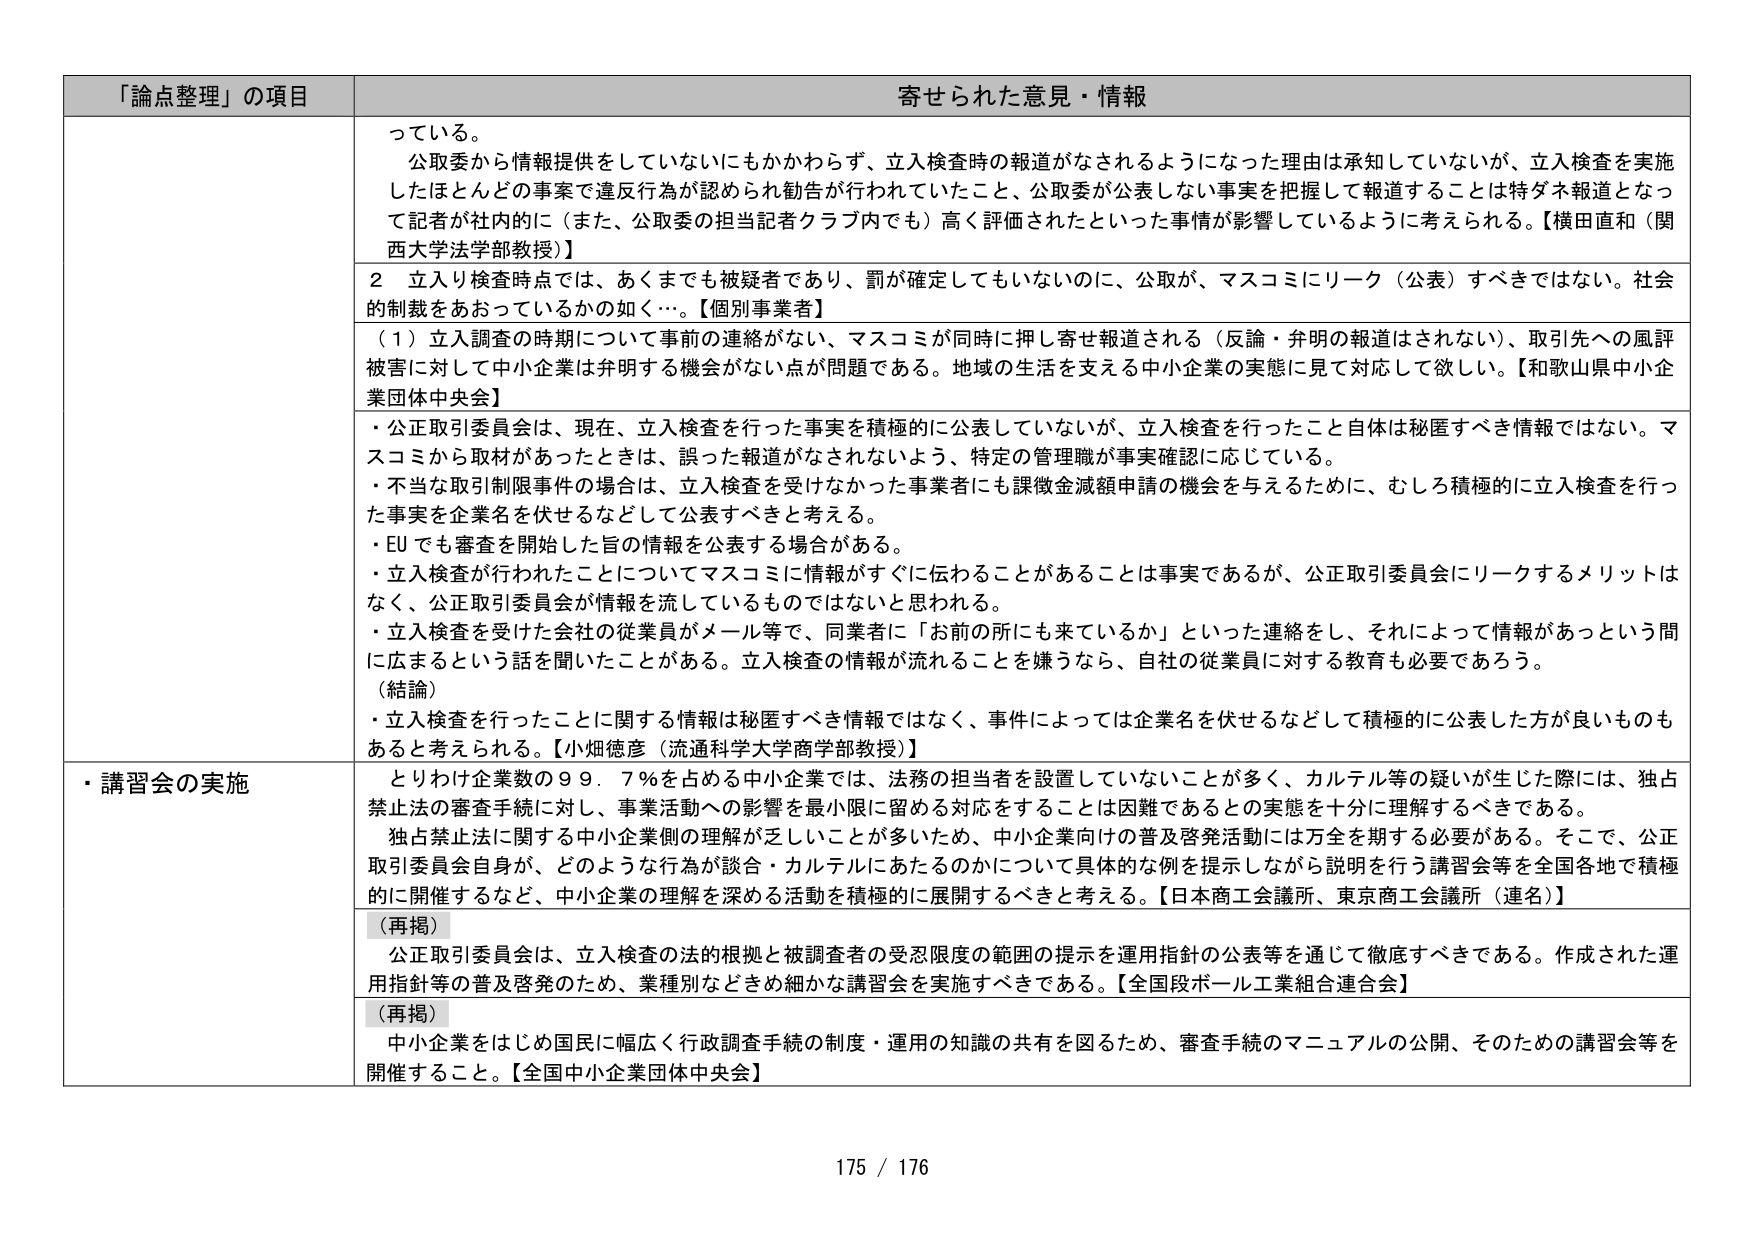
「論点整理」の項目 寄せられた意見・情報
っている。
公取委から情報提供をしていないにもかかわらず、立入検査時の報道がなされるようになった理由は承知していないが、立入検査を実施したほとんどの事案で違反行為が認められ勧告が行われていたこと、公取委が公表しない事実を把握して報道することは特ダネ報道となって記者が社内的に（また、公取委の担当記者クラブ内でも）高く評価されたといった事情が影響しているように考えられる。【横田直和（関西大学法学部教授）】
２ 立入り検査時点では、あくまでも被疑者であり、罰が確定してもいないのに、公取が、マスコミにリーク（公表）すべきではない。社会的制裁をあおっているかの如く…。【個別事業者】
（１）立入調査の時期について事前の連絡がない、マスコミが同時に押し寄せ報道される（反論・弁明の報道はされない）、取引先への風評被害に対して中小企業は弁明する機会がない点が問題である。地域の生活を支える中小企業の実態に見て対応して欲しい。【和歌山県中小企業団体中央会】
・公正取引委員会は、現在、立入検査を行った事実を積極的に公表していないが、立入検査を行ったこと自体は秘匿すべき情報ではない。マスコミから取材があったときは、誤った報道がなされないよう、特定の管理職が事実確認に応じている。
・不当な取引制限事件の場合は、立入検査を受けなかった事業者にも課徴金減額申請の機会を与えるために、むしろ積極的に立入検査を行った事実を企業名を伏せるなどして公表すべきと考える。
・EUでも審査を開始した旨の情報を公表する場合がある。
・立入検査が行われたことについてマスコミに情報がすぐに伝わることがあることは事実であるが、公正取引委員会にリークするメリットはなく、公正取引委員会が情報を流しているものではなさそうに思われる。
・立入検査を受けた会社の従業員がメール等で、同業者に「お前の所にも来ているか」といった連絡をし、それによって情報があったという間に広まるという話を聞いたことがある。立入検査の情報が流れることを嫌うなら、自社の従業員に対する教育も必要であろう。
（結論）
・立入検査を行ったことに関する情報は秘匿すべき情報ではなく、事件によっては企業名を伏せるなどして積極的に公表した方が良いものもあると考えられる。【小畑徳彦（流通科学大学商学部教授）】
・講習会の実施
とりわけ企業数の９９．７％を占める中小企業では、法務の担当者を設置していないことが多く、カルテル等の疑いが生じた際には、独占禁止法の審査手続に対し、事業活動への影響を最小限に留める対応をすることは困難であるとの実態を十分に理解するべきである。
独占禁止法に関する中小企業側の理解が乏しいことが多いため、中小企業向けの普及啓発活動には万全を期する必要がある。そこで、公正取引委員会自身が、どのような行為が談合・カルテルにあたるのかについて具体的な例を提示しながら説明を行う講習会等を全国各地で積極的に開催するなど、中小企業の理解を深める活動を積極的に展開するべきと考える。【日本商工会議所、東京商工会議所（連名）】
（再掲）
公正取引委員会は、立入検査の法的根拠と被調査者の受忍限度の範囲の提示を運用指針の公表等を通じて徹底すべきである。作成された運用指針等の普及啓発のため、業種別などきめ細かな講習会を実施すべきである。【全国段ボール工業組合連合会】
（再掲）
中小企業をはじめ国民に幅広く行政調査手続の制度・運用の知識の共有を図るため、審査手続のマニュアルの公開、そのための講習会等を開催すること。【全国中小企業団体中央会】
175 / 176